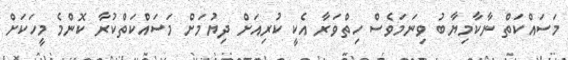
މަސައްކަތް ނާކާމިޔާބު ވިނަމަވެސް ހިތްވަރާ އެކީ ކުރިއަށް ދިޔުމަށް މަސައްކަތްކުރާ ކޮންމެ މީހަކަށް